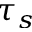
\tau _ { s }